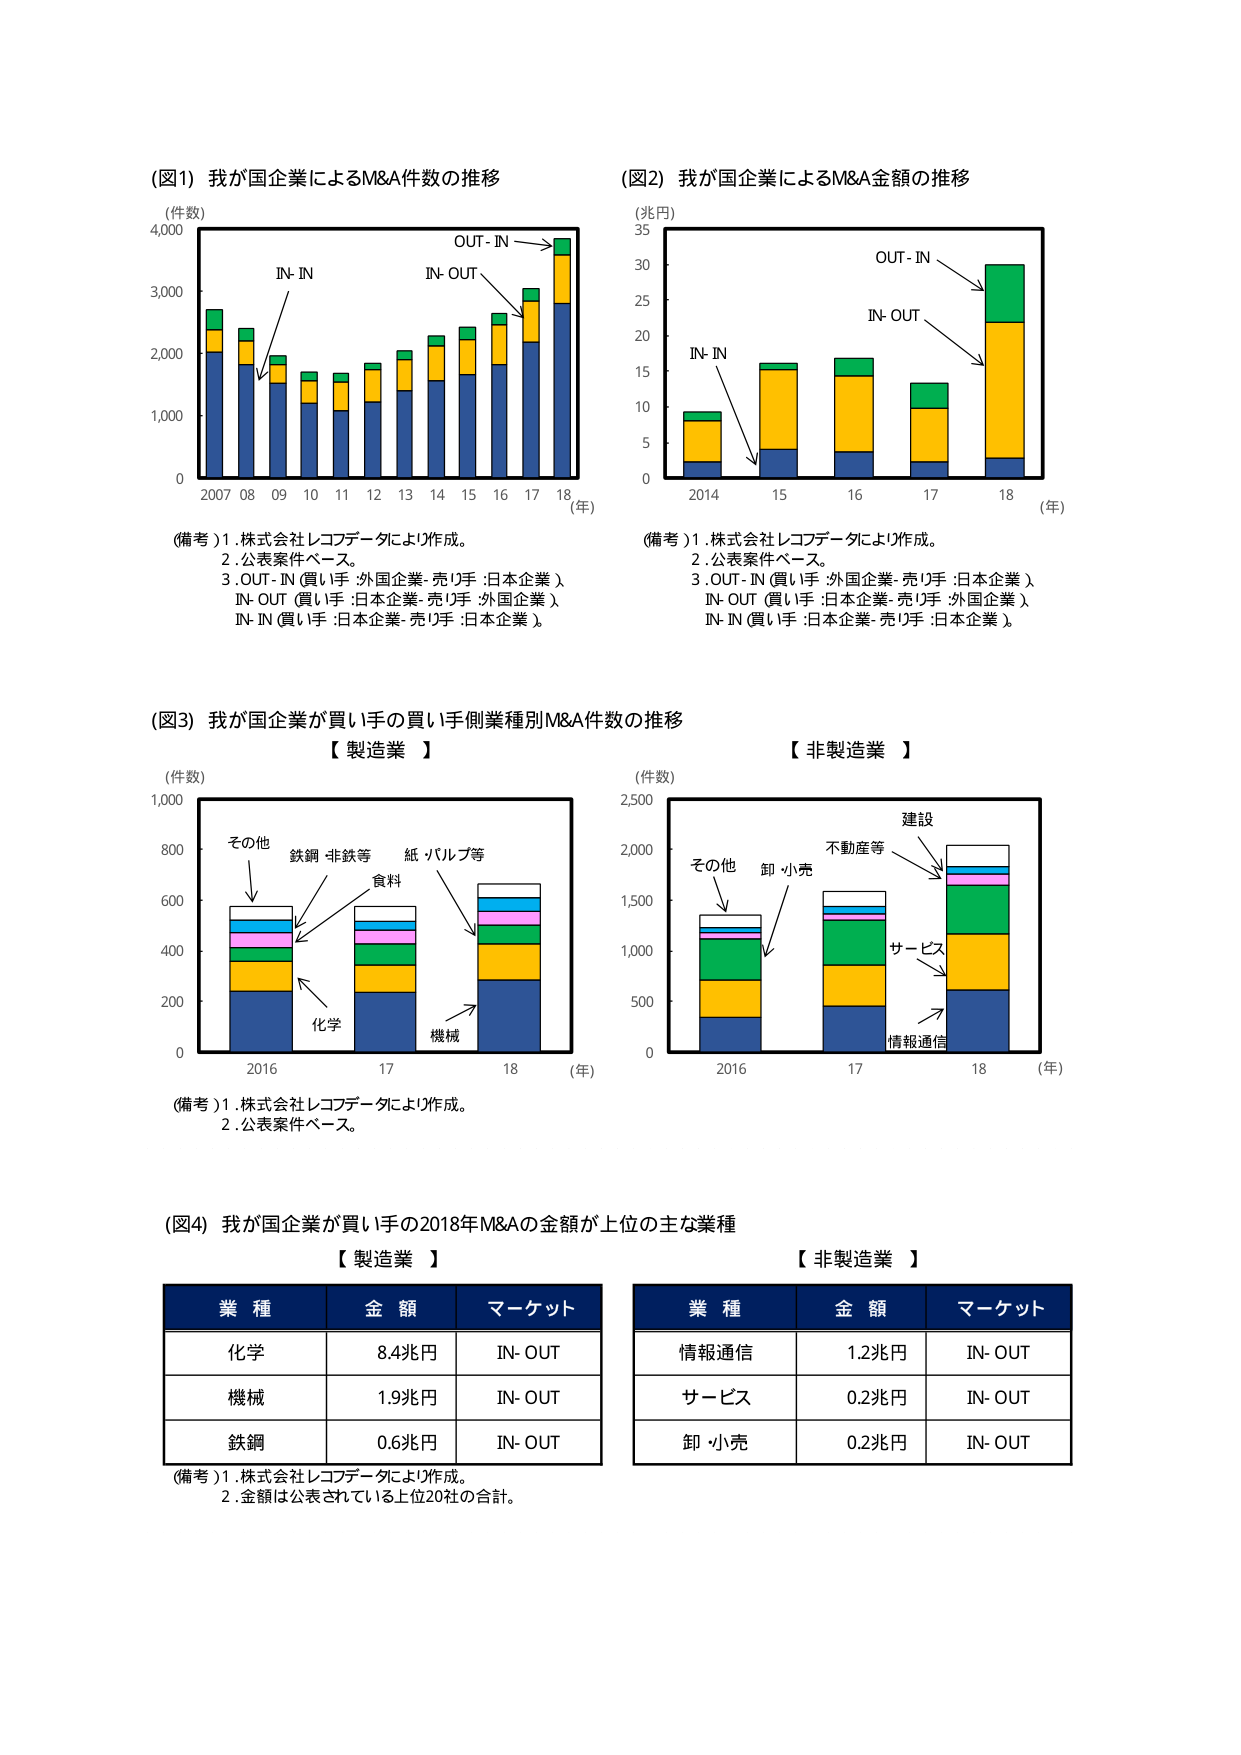
(図1) 我が国企業によるM&A件数の推移
(件数)
4,000
3,000
2,000
1,000
0
2007 08 09 10 11 12 13 14 15 16 17 18 (年)
IN-IN
IN-OUT
OUT-IN
(備考) 1. 株式会社レコフデータにより作成。
2. 公表案件ベース。
3. OUT-IN (買い手:外国企業・売り手:日本企業)
IN-OUT (買い手:日本企業・売り手:外国企業)
IN-IN (買い手:日本企業・売り手:日本企業)

(図2) 我が国企業によるM&A金額の推移
(兆円)
35
30
25
20
15
10
5
0
2014 15 16 17 18 (年)
IN-IN
IN-OUT
OUT-IN
(備考) 1. 株式会社レコフデータにより作成。
2. 公表案件ベース。
3. OUT-IN (買い手:外国企業・売り手:日本企業)
IN-OUT (買い手:日本企業・売り手:外国企業)
IN-IN (買い手:日本企業・売り手:日本企業)

(図3) 我が国企業が買い手の買い手側業種別M&A件数の推移
【製造業】
(件数)
1,000
800
600
400
200
0
2016 17 18 (年)
その他
鉄鋼・非鉄等
食料
紙・パルプ等
化学
機械
【非製造業】
(件数)
2,500
2,000
1,500
1,000
500
0
2016 17 18 (年)
その他
卸・小売
不動産等
建設
サービス
情報通信
(備考) 1. 株式会社レコフデータにより作成。
2. 公表案件ベース。

(図4) 我が国企業が買い手の2018年M&Aの金額が上位の主な業種
【製造業】
業種 金額 マーケット
化学 8.4兆円 IN-OUT
機械 1.9兆円 IN-OUT
鉄鋼 0.6兆円 IN-OUT
【非製造業】
業種 金額 マーケット
情報通信 1.2兆円 IN-OUT
サービス 0.2兆円 IN-OUT
卸・小売 0.2兆円 IN-OUT
(備考) 1. 株式会社レコフデータにより作成。
2. 金額は公表されている上位20社の合計。